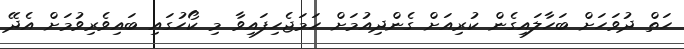
ހަތް ދުވަހަށް ބަހާލައިގެން ކުރިއަށް ގެންދިއުމަށް ހަމަޖެހިފައިވާ މި ކޯހުގައި ބައިވެރިވުމަށް އެދޭ